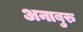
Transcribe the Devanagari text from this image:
अनाबुरु